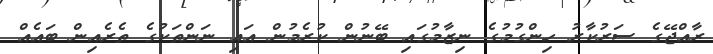
ރާއްޖޭގެ ސަރުކާރު ހިންގުމުގެ ނިޒާމުގައި ބޭނުން ކުރެމުން އައި ނަންތަކުގެ ތެރެއިން ބައެއް